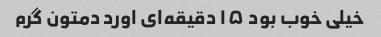
خیلی خوب بود ۱۵ دقیقه‌ای اورد دمتون گرم